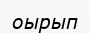
оырып